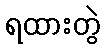
ရထားတွဲ